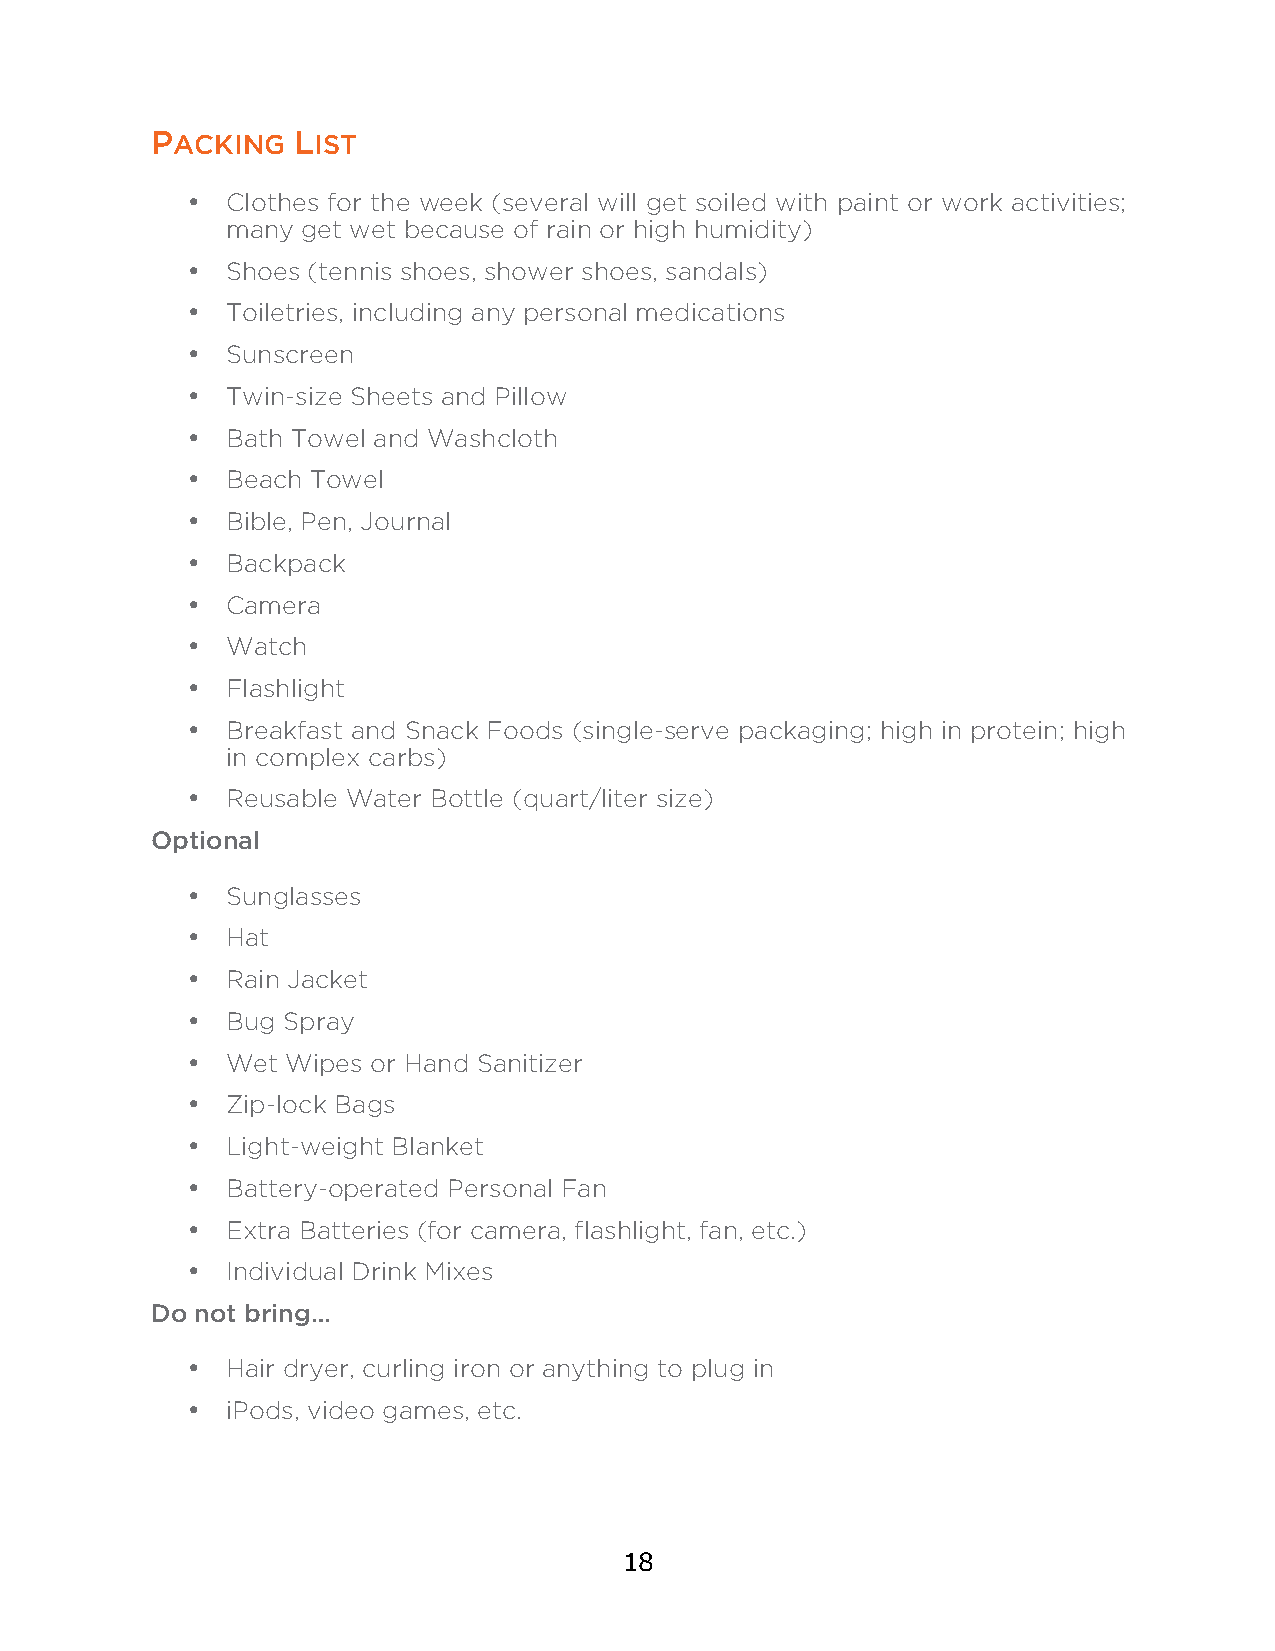
PACKING  LIST
 •  Clothes for the week (several will get soiled with paint or work activities;
 many get wet because of rain or high humidity)
 •  Shoes (tennis shoes, shower shoes, sandals)
 •  Toiletries, including any personal medications
 •  Sunscreen
 •  Twin-size Sheets and Pillow
 •  Bath Towel and Washcloth
 •  Beach Towel
 •  Bible, Pen, Journal
 •  Backpack
 •  Camera
 •  Watch
 •  Flashlight
 •  Breakfast and Snack Foods (single-serve packaging; high in protein; high
 in complex carbs)
 •  Reusable Water Bottle (quart/liter size)
 Optional
 •  Sunglasses
 •  Hat
 •  Rain Jacket
 •  Bug Spray
 •  Wet Wipes or Hand Sanitizer
 •  Zip-lock Bags
 •  Light-weight Blanket
 •  Battery-operated Personal Fan
 •  Extra Batteries (for camera, flashlight, fan, etc.)
 •  Individual Drink Mixes
 Do not bring…
 •  Hair dryer, curling iron or anything to plug in
 •  iPods, video games, etc.
 18